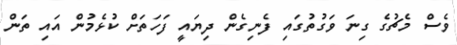
ވެސް މެޗުގެ ގިނަ ވަގުތުގައި ފެނިގެން ދިޔައީ ފަހަތަށް ކުޅެމުން އައި ތަން